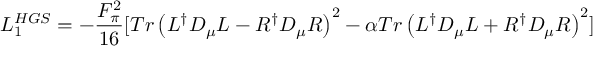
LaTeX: { \cal L } _ { 1 } ^ { H G S } = - \frac { F _ { \pi } ^ { 2 } } { 1 6 } [ T r \left( L ^ { \dagger } D _ { \mu } L - R ^ { \dagger } D _ { \mu } R \right) ^ { 2 } - \alpha T r \left( L ^ { \dagger } D _ { \mu } L + R ^ { \dagger } D _ { \mu } R \right) ^ { 2 } ]